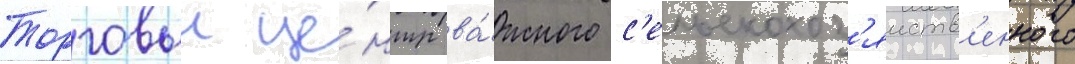
Торговыи це́нтр ва́жного с'ельскохоз'яиств'енного